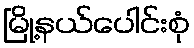
မြို့နယ်ပေါင်းစုံ